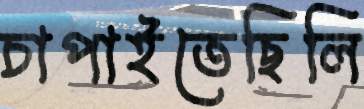
চাপাইতেছিলি